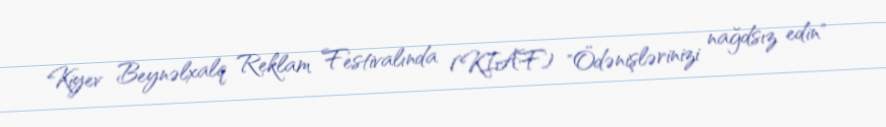
Kiyev Beynəlxalq Reklam Festivalında (KIAF) "Ödənişlərinizi nağdsız edin"